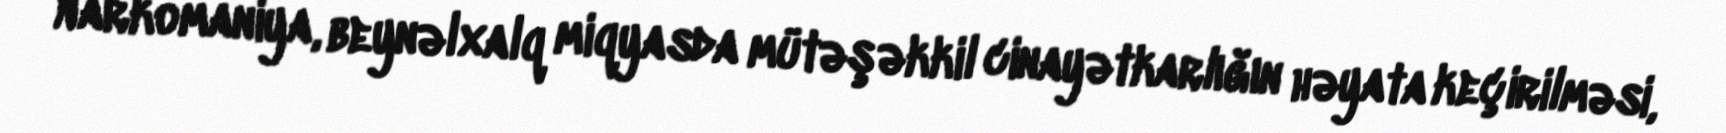
Narkomaniya, beynəlxalq miqyasda mütəşəkkil cinayətkarlığın həyata keçirilməsi,